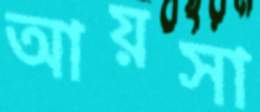
আয়সা